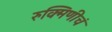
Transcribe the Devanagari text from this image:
रुक्मिणीचं